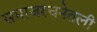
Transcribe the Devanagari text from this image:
समाजरचनेतली